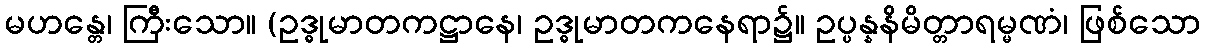
မဟန္တေ၊ ကြီးသော။ (ဥဒ္ဓုမာတကဋ္ဌာနေ၊ ဥဒ္ဓုမာတကနေရာ၌။ ဥပ္ပန္နနိမိတ္တာရမ္မဏံ၊ ဖြစ်သော